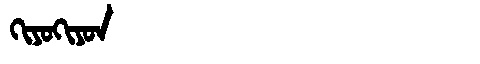
Manchu: ᡴᡳᠶᠣᡴᡳᠶᠣᠨ
Romanization: KIYOKIYON